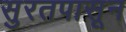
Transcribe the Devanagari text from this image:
सुरतपासून